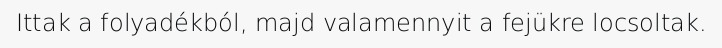
Ittak a folyadékból, majd valamennyit a fejükre locsoltak.